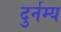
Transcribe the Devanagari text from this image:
दुर्नम्य